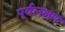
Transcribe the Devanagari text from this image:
पूर्वलक्षण